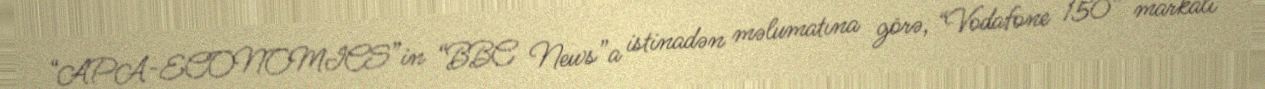
“APA-ECONOMICS”in “BBC News”a istinadən məlumatına görə, “Vodafone 150” markalı